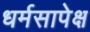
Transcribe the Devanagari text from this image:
धर्मसापेक्ष